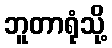
ဘူတာရုံသို့